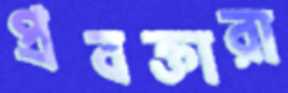
প্রবক্তারা